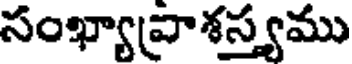
సంఖ్యావ్రాశస్త్యము